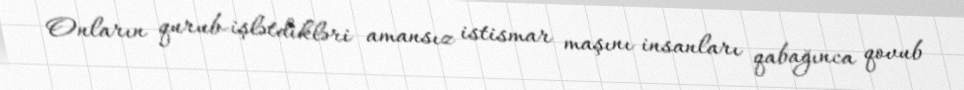
Onların qurub-işlətdikləri amansız istismar maşını insanları qabağınca qovub